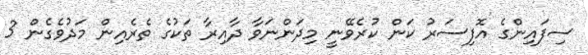
ސިފައިންގެ އޮފިސަރު ކަން ކުރެވޭނީ މިދަންނަވާ ދާއިރާ ތަކުގެ ތެރެއިން މަދުވެގެން 3